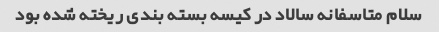
سلام متاسفانه سالاد در کیسه بسته بندی ریخته شده بود